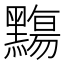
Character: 䵰